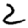
Digit: 2